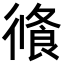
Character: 𢕦